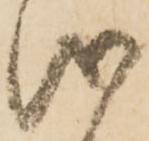
儀